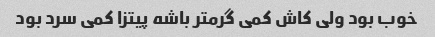
خوب بود ولی کاش کمی گرمتر باشه پیتزا کمی سرد بود